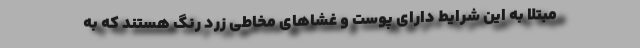
مبتلا به این شرایط دارای پوست و غشاهای مخاطی زرد رنگ هستند که به